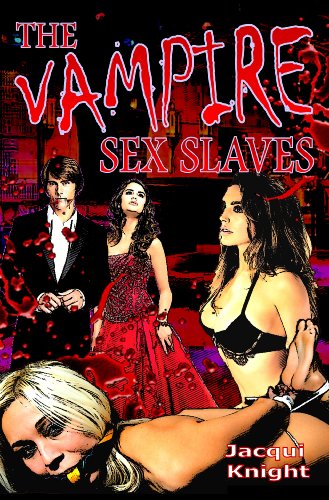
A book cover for The Vampire Sex Slaves; Jacqui Knight; Romance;